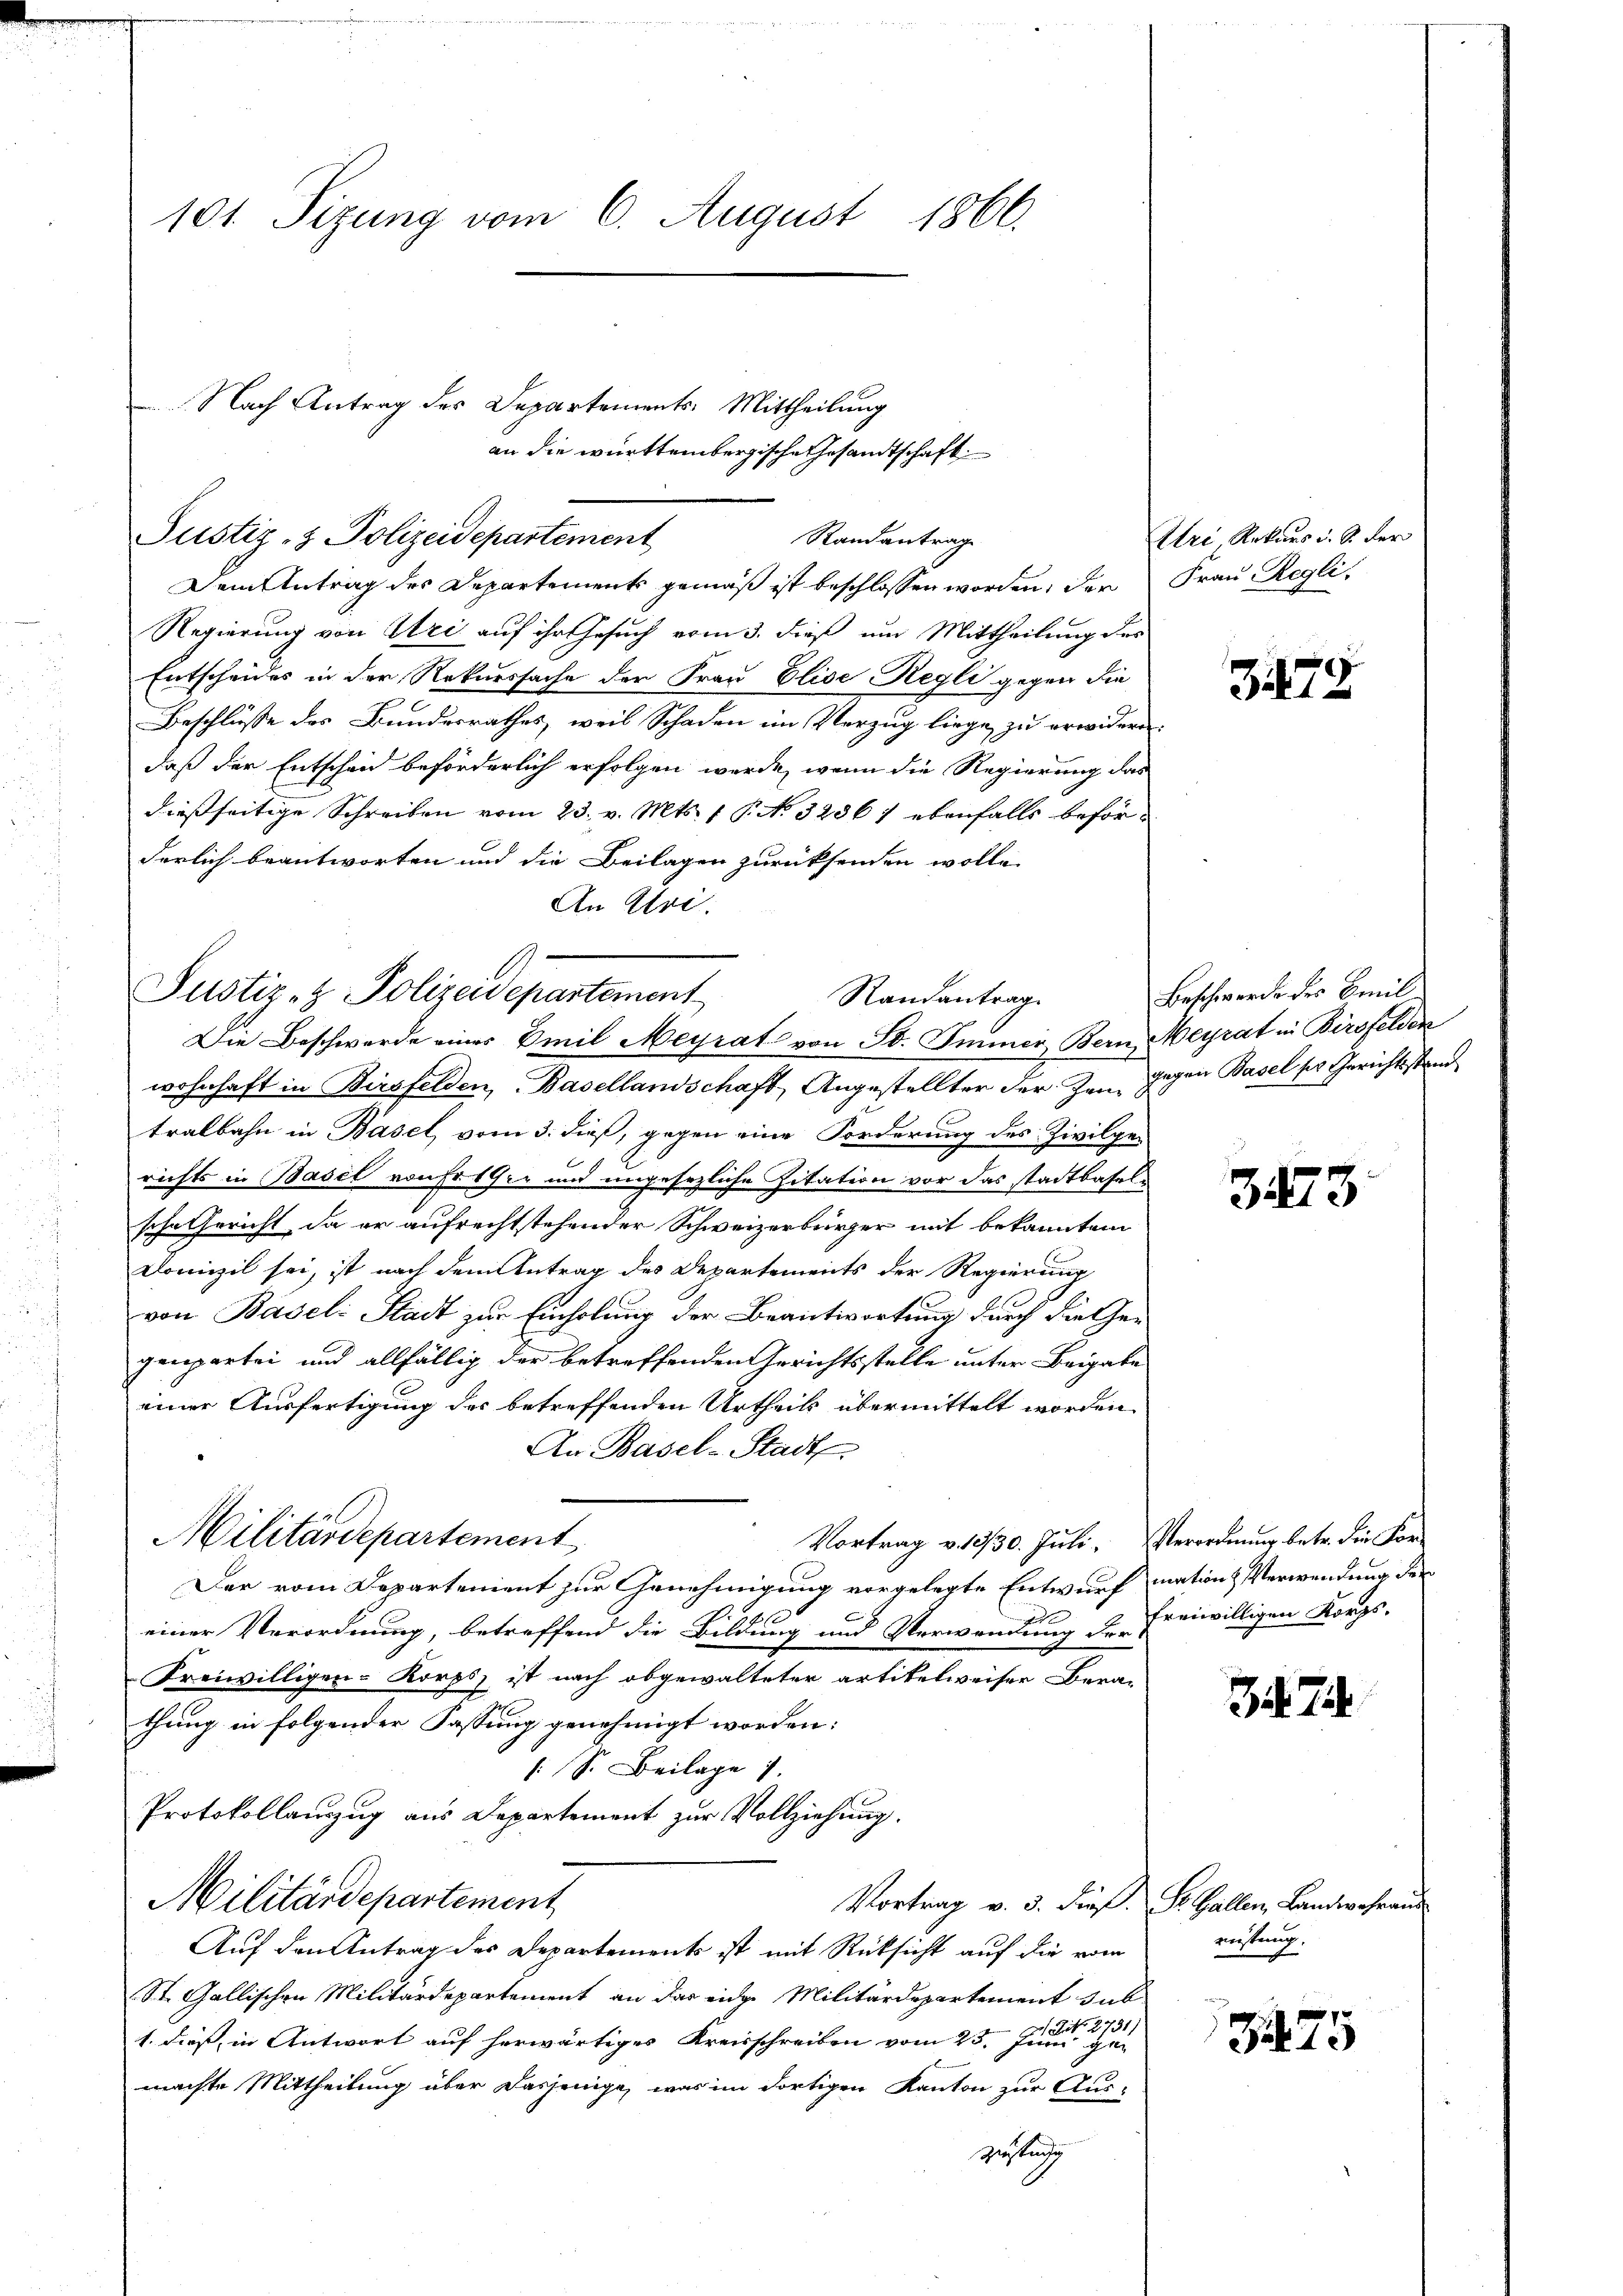
101 Sizung vom 6. August 1866.

Regierung von Uri auf ihr Gesuch vom 3. dieß um Mittheilung der
Entscheides in der Rekurssache der Frau Elise Regli gegen die
Beschlüsse des Bundesrathes, weil Schaden im Verzug liege zu erwidern.
daß der Entscheid beförderlich erfolgen werde, wenn die Regierung das
dießseitige Schreiben vom 23. v. Mts. 1 P. No 32361 ebenfalls beförderlich beantworten und die Beilagen zurücksenden wolle,
An Uri.

Justiz- & Polizeidepartement

Justiz- & Polizeidepartement
Randantrag
Die Beschwerde eines Emil Meyrat von St. Immer Bern, Meyrat in Birsfelden

Militärdepartement

Nach Antrag des Departements Mittheilung
an die württembergische Gesandtschaft

Randantrag
Dem Antrag des Departements gemäß ist beschlossen worden, der Frau Regli¬

wohnhaft in Birsfelden, Basellandschaft, Angestellter der Zeit gegen Basel ses Gerichtsstand
tralbahn in Basel vom 3. dieß, gegen eine Forderung des Zivilgerichts in Basel von Er er und ungesezliche Zitation vor das stadtbasels
sche Gericht, da er aufrechtstehender Schweizerbürger mit bekanntem
Domizil sei, ist nach dem Antrag des Departements der Regierung
von Basel Stadt zur Einholung der Beantwortung durch die Ge-
genpartei und allfällig der betreffenden Gerichtsstelle unter Beigabe
einer Ausfertigung des betreffenden Urtheils übermittelt worden
An Basel-Stadt
Vortrag v. 1930. Juli. Verordnung betr. die Vor¬
Der vom Departement zur Genehmigung vorgelegte Entwurf mation & Verwendung der
einer Verordnung, betreffend die Bildung und Verwandung der freiwilligen Korps-
Freiwilligen-Korps, ist nach obgewalteter artikelweiser Berathung in folgender Fassung genehmigt worden:
S. Beilage 1.
Protokollanzug aus Departement zur Vollziehung.
Militärdepartement
Vortrag v. 3. Dief. Dr. Gallen, Landwehraus
Auf den Antrag des Departements ist mit Rücksicht auf die vom
St. Gallischen Militärdepartement an das eidge Militärdepartement sub
1. dieß, in Antwort auf herwärtiges Kreisschreiben vom 23. Juni 1889
machte Mittheilung über dasjenige, was im dortigen Kanton zur Aus-
Zustan

Uri, Rekurs d. S. der

3474

Beschwerde des Emil

3473

37

Leistung.
2

375